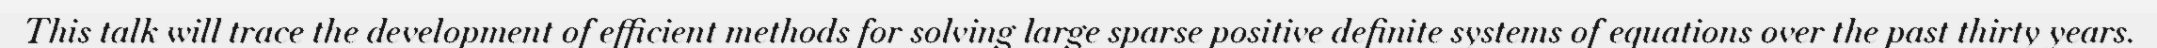
This talk will trace the development of efficient methods for solving large sparse positive definite systems of equations over the past thirty years.